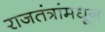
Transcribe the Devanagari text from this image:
राजतंत्रांमधून